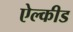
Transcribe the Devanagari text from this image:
ऐल्कीड